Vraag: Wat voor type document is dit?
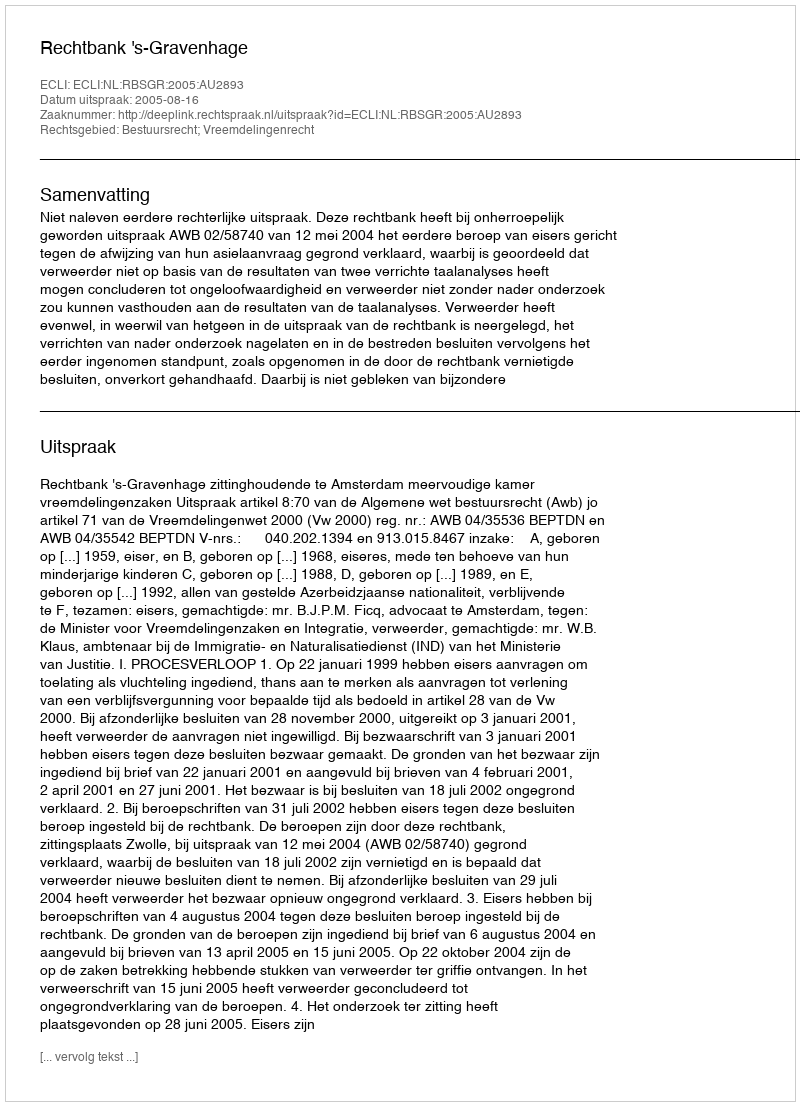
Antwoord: Uitspraak